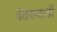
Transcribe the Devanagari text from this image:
वैदकवाडी